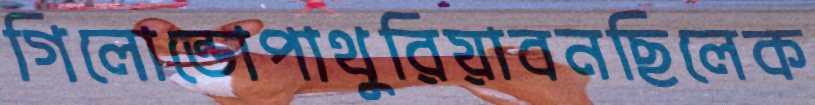
গিলোন্ডোপাথুরিয়াবনছিলেক